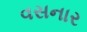
વસનાર